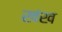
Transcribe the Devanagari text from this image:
खंख